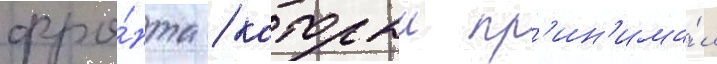
фро́нта / которыи пр'ин'има́л